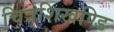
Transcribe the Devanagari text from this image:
चित्रशिखण्डि